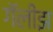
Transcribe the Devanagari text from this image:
गॅलीझ